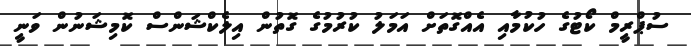
ސުޕްރީމް ކޯޓުގެ ހުކުމާއި އެއްގޮތަށް އަމަލު ކުރުމުގެ ގޮތުން އިލެކްޝަންސް ކޮމިޝަނުން ވަނީ